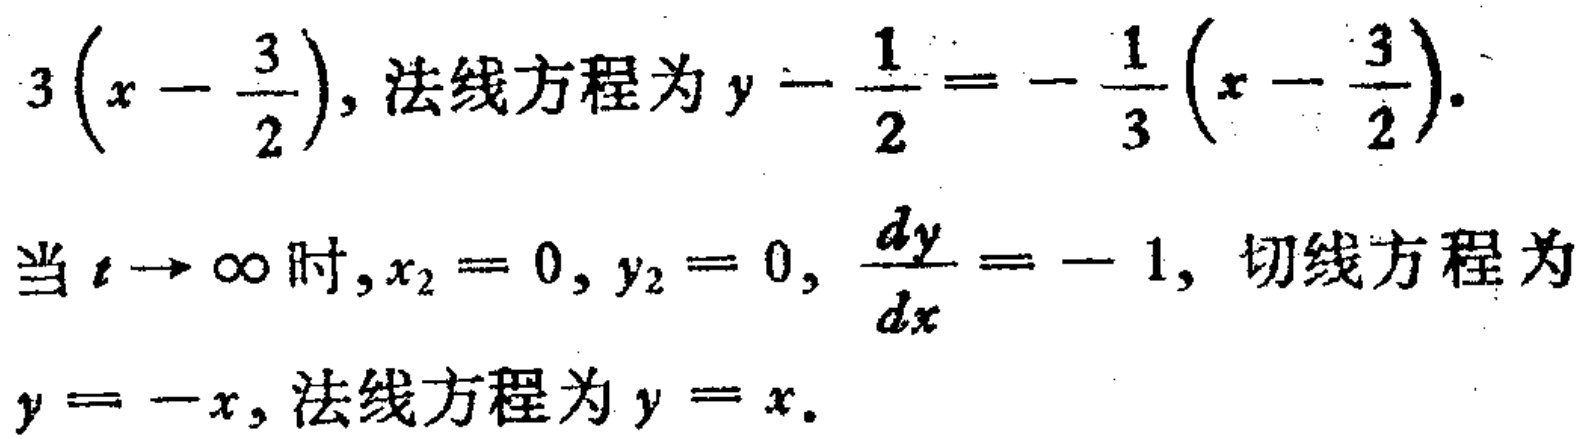
\(3\left(x - \frac{3}{2}\right)\), 法线方程为 \(y - \frac{1}{2}=-\frac{1}{3}\left(x - \frac{3}{2}\right)\).
当 \(t \to \infty\) 时, \(x_{2} = 0\), \(y_{2} = 0\), \(\frac{dy}{dx} = - 1\), 切线方程为
\(y = -x\), 法线方程为 \(y = x\).